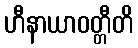
ဟီနာယာဝတ္တီတိ